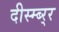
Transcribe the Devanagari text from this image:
दीस्म्ब्र्‍र